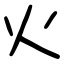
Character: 火